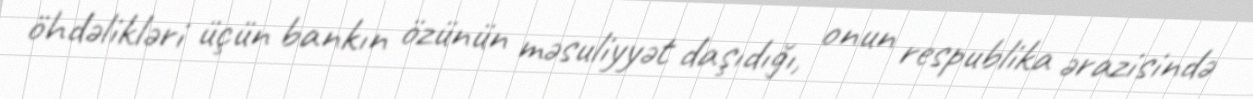
öhdəlikləri üçün bankın özünün məsuliyyət daşıdığı, onun respublika ərazisində